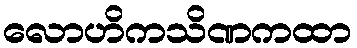
လောဟိကသိဏကထာ